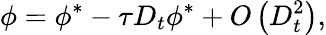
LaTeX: \phi={\phi^{*}}-\tau{D_{t}}{\phi^{*}}+O\left({D_{t}^{2}}\right),